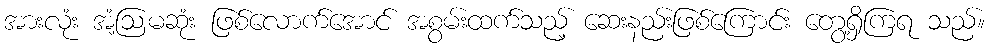
အားလုံး အံ့ဩမဆုံး ဖြစ်လောက်အောင် အစွမ်းထက်သည့် ဆေးနည်းဖြစ်ကြောင်း တွေ့ရှိကြရ သည်။